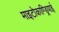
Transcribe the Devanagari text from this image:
माइटोकाण्ड्रियाई